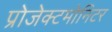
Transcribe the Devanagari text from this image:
प्रोजेक्टमोनिटर